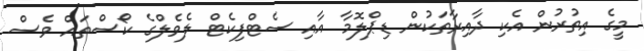
މީގެ އިތުރުން އެކި ދާއިރާތަކުން ޑިޕްލޮމާ އާއި ސެޓްފިކެޓް ލެވެލްގެ ކޯސްތައް ވެސް